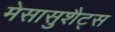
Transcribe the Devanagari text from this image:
मेसासुशैट्स